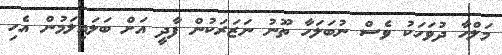
މަލްހާ ދުވަހަކު ވެސް ނުބަލަހާ ތޫނު ނަޒަރަކުން ފާދީ އަށް ބަލައިލަމުން އެހި